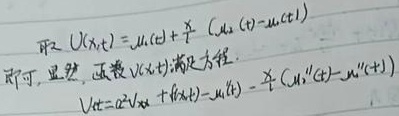
取 \(U(x,t)=u_{1}(t)+\frac{x}{l}(u_{2}(t)-u_{1}(t))\) 即可。显然，函数 \(U(x,t)\) 满足方程。
\[
\begin{align*}
U_{t}&=a^{2}U_{xx}+f(x,t)-u_{1}'(t)-\frac{x}{l}(u_{2}''(t)-u_{1}''(t))
\end{align*}
\]